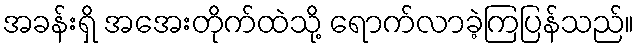
အခန်းရှိ အအေးတိုက်ထဲသို့ ရောက်လာခဲ့ကြပြန်သည်။